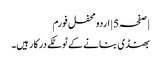
| صفحہ 5 | اردو محفل فورم
بھنڈی بنانے کے ٹوٹکے درکار ہیں۔